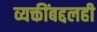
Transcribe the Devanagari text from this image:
व्यक्तींबद्दलही